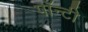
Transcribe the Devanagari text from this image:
पॉन्टी